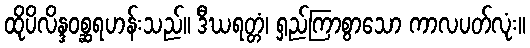
ထိုပိလိန္ဒဝစ္ဆရဟန်းသည်။ ဒီဃရတ္တံ၊ ရှည်ကြာစွာသော ကာလပတ်လုံး။